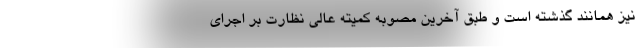
نیز همانند گذشته است و طبق آخرین مصوبه کمیته عالی نظارت بر اجرای